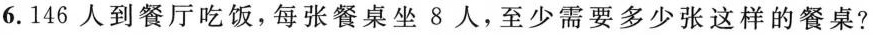
6.146人到餐厅吃饭，每张餐桌坐8人，至少需要多少张这样的餐桌?